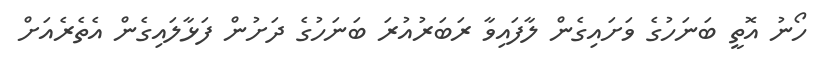
ހޯނު އޮތީ ބަނަހުގެ ވަށައިގެން ލާފައިވާ ރަބަރުއުރަ ބަނަހުގެ ދަށުން ފަޅާލައިގެން އެތެރެއަށް